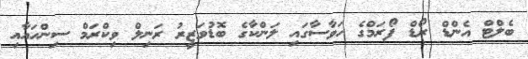
ބެލްޓް އެންޑް ރޯޑް ފޯރަމްގެ ހަވާސާގައި ލަންކާގެ ބޮޑުވަޒީރު ރަނިލް ވިކްރަމް ސިންހައާއި